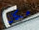
مكان